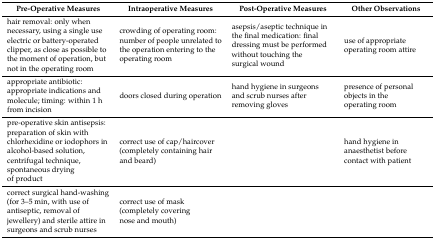
<table><thead><tr><td><b>Pre-Operative Measures</b></td><td><b>Intraoperative Measures</b></td><td><b>Post-Operative Measures</b></td><td><b>Other Observations</b></td></tr></thead><tbody><tr><td>hair removal: only when necessary, using a single use electric or battery-operated clipper, as close as possible to the moment of operation, but not in the operating room</td><td>crowding of operating room: number of people unrelated to the operation entering to the operating room</td><td>asepsis/aseptic technique in the final medication: final dressing must be performed without touching the surgical wound</td><td>use of appropriate operating room attire</td></tr><tr><td>appropriate antibiotic: appropriate indications and molecule; timing: within 1 h from incision</td><td>doors closed during operation</td><td>hand hygiene in surgeons and scrub nurses after removing gloves</td><td>presence of personal objects in the operating room</td></tr><tr><td>pre-operative skin antisepsis: preparation of skin with chlorhexidine or iodophors in alcohol-based solution, centrifugal technique, spontaneous drying of product</td><td>correct use of cap/haircover (completely containing hair and beard)</td><td></td><td>hand hygiene in anaesthetist before contact with patient</td></tr><tr><td>correct surgical hand-washing (for 3–5 min, with use of antiseptic, removal of jewellery) and sterile attire in surgeons and scrub nurses</td><td>correct use of mask (completely covering nose and mouth)</td><td></td><td></td></tr></tbody></table>